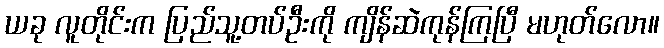
ယခု လူတိုင်းက ပြည်သူ့တပ်ဦးကို ကျိန်ဆဲကုန်ကြပြီ မဟုတ်လော။